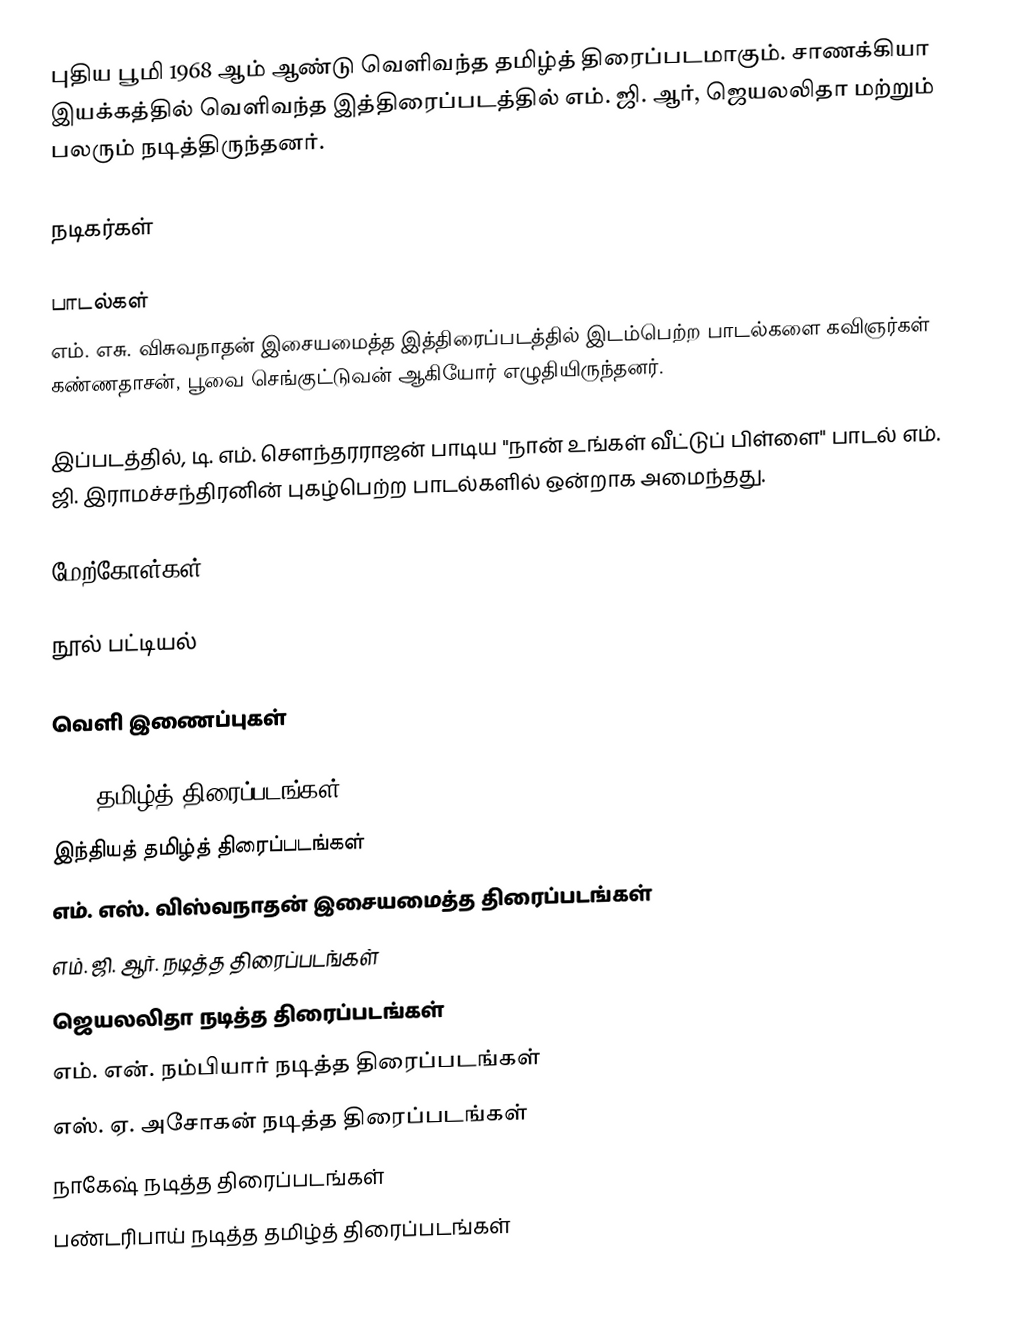
புதிய பூமி 1968 ஆம் ஆண்டு வெளிவந்த தமிழ்த் திரைப்படமாகும். சாணக்கியா இயக்கத்தில் வெளிவந்த இத்திரைப்படத்தில் எம். ஜி. ஆர், ஜெயலலிதா மற்றும் பலரும் நடித்திருந்தனர்.

நடிகர்கள்

பாடல்கள்
எம். எசு. விசுவநாதன் இசையமைத்த இத்திரைப்படத்தில் இடம்பெற்ற பாடல்களை கவிஞர்கள் கண்ணதாசன், பூவை செங்குட்டுவன் ஆகியோர் எழுதியிருந்தனர்.

இப்படத்தில், டி. எம். சௌந்தரராஜன் பாடிய "நான் உங்கள் வீட்டுப் பிள்ளை" பாடல் எம். ஜி. இராமச்சந்திரனின் புகழ்பெற்ற பாடல்களில் ஒன்றாக அமைந்தது.

மேற்கோள்கள்

நூல் பட்டியல்

வெளி இணைப்புகள்

1968 தமிழ்த் திரைப்படங்கள்
இந்தியத் தமிழ்த் திரைப்படங்கள்
எம். எஸ். விஸ்வநாதன் இசையமைத்த திரைப்படங்கள்
எம். ஜி. ஆர். நடித்த திரைப்படங்கள்
ஜெயலலிதா நடித்த திரைப்படங்கள்
எம். என். நம்பியார் நடித்த திரைப்படங்கள்
எஸ். ஏ. அசோகன் நடித்த திரைப்படங்கள்
நாகேஷ் நடித்த திரைப்படங்கள்
பண்டரிபாய் நடித்த தமிழ்த் திரைப்படங்கள்